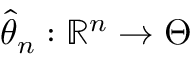
{ \hat { \theta } } _ { n } : \mathbb { R } ^ { n } \to \Theta